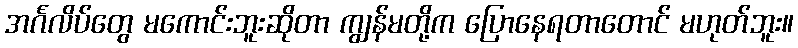
အင်္ဂလိပ်တွေ မကောင်းဘူးဆိုတာ ကျွန်မတို့က ပြောနေရတာတောင် မဟုတ်ဘူး။